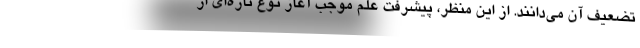
تضعیف آن می‌دانند. از این منظر، پیشرفت علم موجب آغاز نوع تازه‌ای از